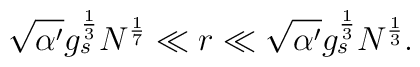
\sqrt{\alpha^{\prime}}g^{1\over 3}_{s}N^{1\over 7}\ll r \ll \sqrt{\alpha^{\prime}}g^{1\over 3}_{s}N^{1\over 3}.